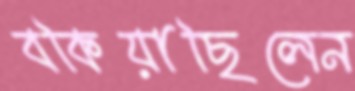
বকিয়াছিলেন